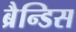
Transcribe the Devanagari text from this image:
ब्रैन्डिस